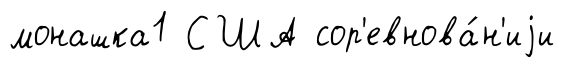
монашка1 США сор'евнова́н'иjи